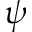
\boldsymbol { \psi }